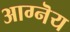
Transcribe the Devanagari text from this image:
आग्नॆय